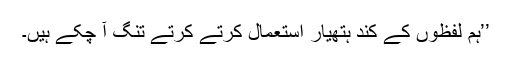
’’ہم لفظوں کے کند ہتھیار استعمال کرتے کرتے تنگ آ چکے ہیں۔